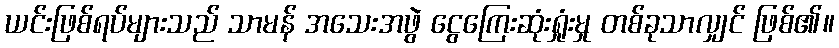
ယင်းဖြစ်ရပ်များသည် သာမန် အသေးအဖွဲ ငွေကြေးဆုံးရှုံးမှု တစ်ခုသာလျှင် ဖြစ်၏။